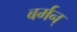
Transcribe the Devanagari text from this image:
बर्मन्